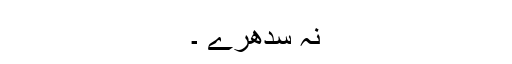
نہ سدھرے ۔